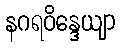
နဂရဝိန္ဒေယျာ